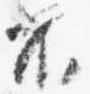
不